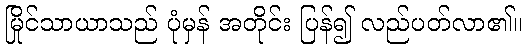
မြိုင်သာယာသည် ပုံမှန် အတိုင်း ပြန်၍ လည်ပတ်လာ၏။